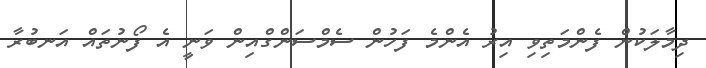
ދިމާލަކުން ފެންމަތިވި އިރު އެންމެ ފަހުން ސެމްސަންގްއިން ވަނީ އެ ފޯނުތައް އަނބުރާ